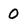
Character: 0